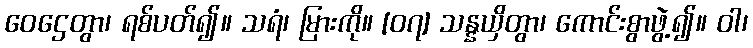
ဝေဌေတွာ၊ ရစ်ပတ်၍။ သရံ၊ မြားကို။ [၀၇] သန္နယှိတွာ၊ ကောင်းစွာဖွဲ့၍။ ဝါ၊